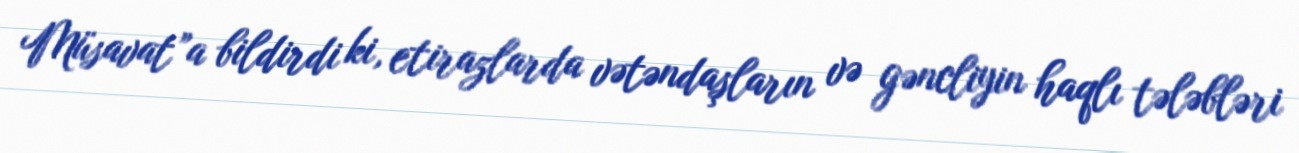
Müsavat”a bildirdi ki, etirazlarda vətəndaşların və gəncliyin haqlı tələbləri